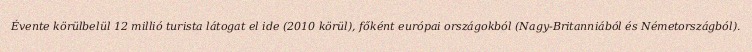
Évente körülbelül 12 millió turista látogat el ide (2010 körül), főként európai országokból (Nagy-Britanniából és Németországból).